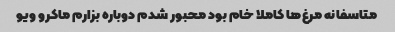
متاسفانه مرغ‌ها کاملا خام بود محبور شدم دوباره بزارم ماکرو ویو